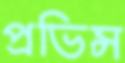
প্রভিন্স